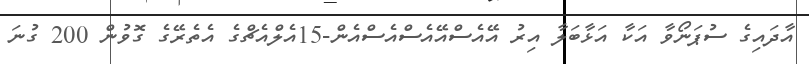
އާދައިގެ ސުޕަނޯވާ އަކާ އަޅާބަލާ އިރު އޭއެސްއޭއެސްއެސްއެން-15އެލްއެޗްގެ އެތެރޭގެ ގޮވުން 200 ގުނަ